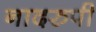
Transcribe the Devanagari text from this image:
नादरुपी